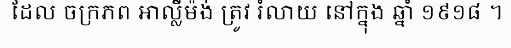
ដែល ចក្រភព អាល្លឺម៉ង់ ត្រូវ រំលាយ នៅក្នុង ឆ្នាំ ១៩១៨ ។